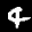
Label: 4